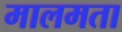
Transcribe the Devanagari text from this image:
मालमता